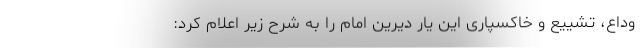
وداع، تشییع و خاکسپاری این یار دیرین امام را به شرح زیر اعلام کرد: